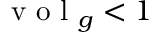
\mathrm { ~ v ~ o ~ l ~ } _ { g } < 1